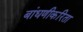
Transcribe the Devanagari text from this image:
बांधणीकरिता